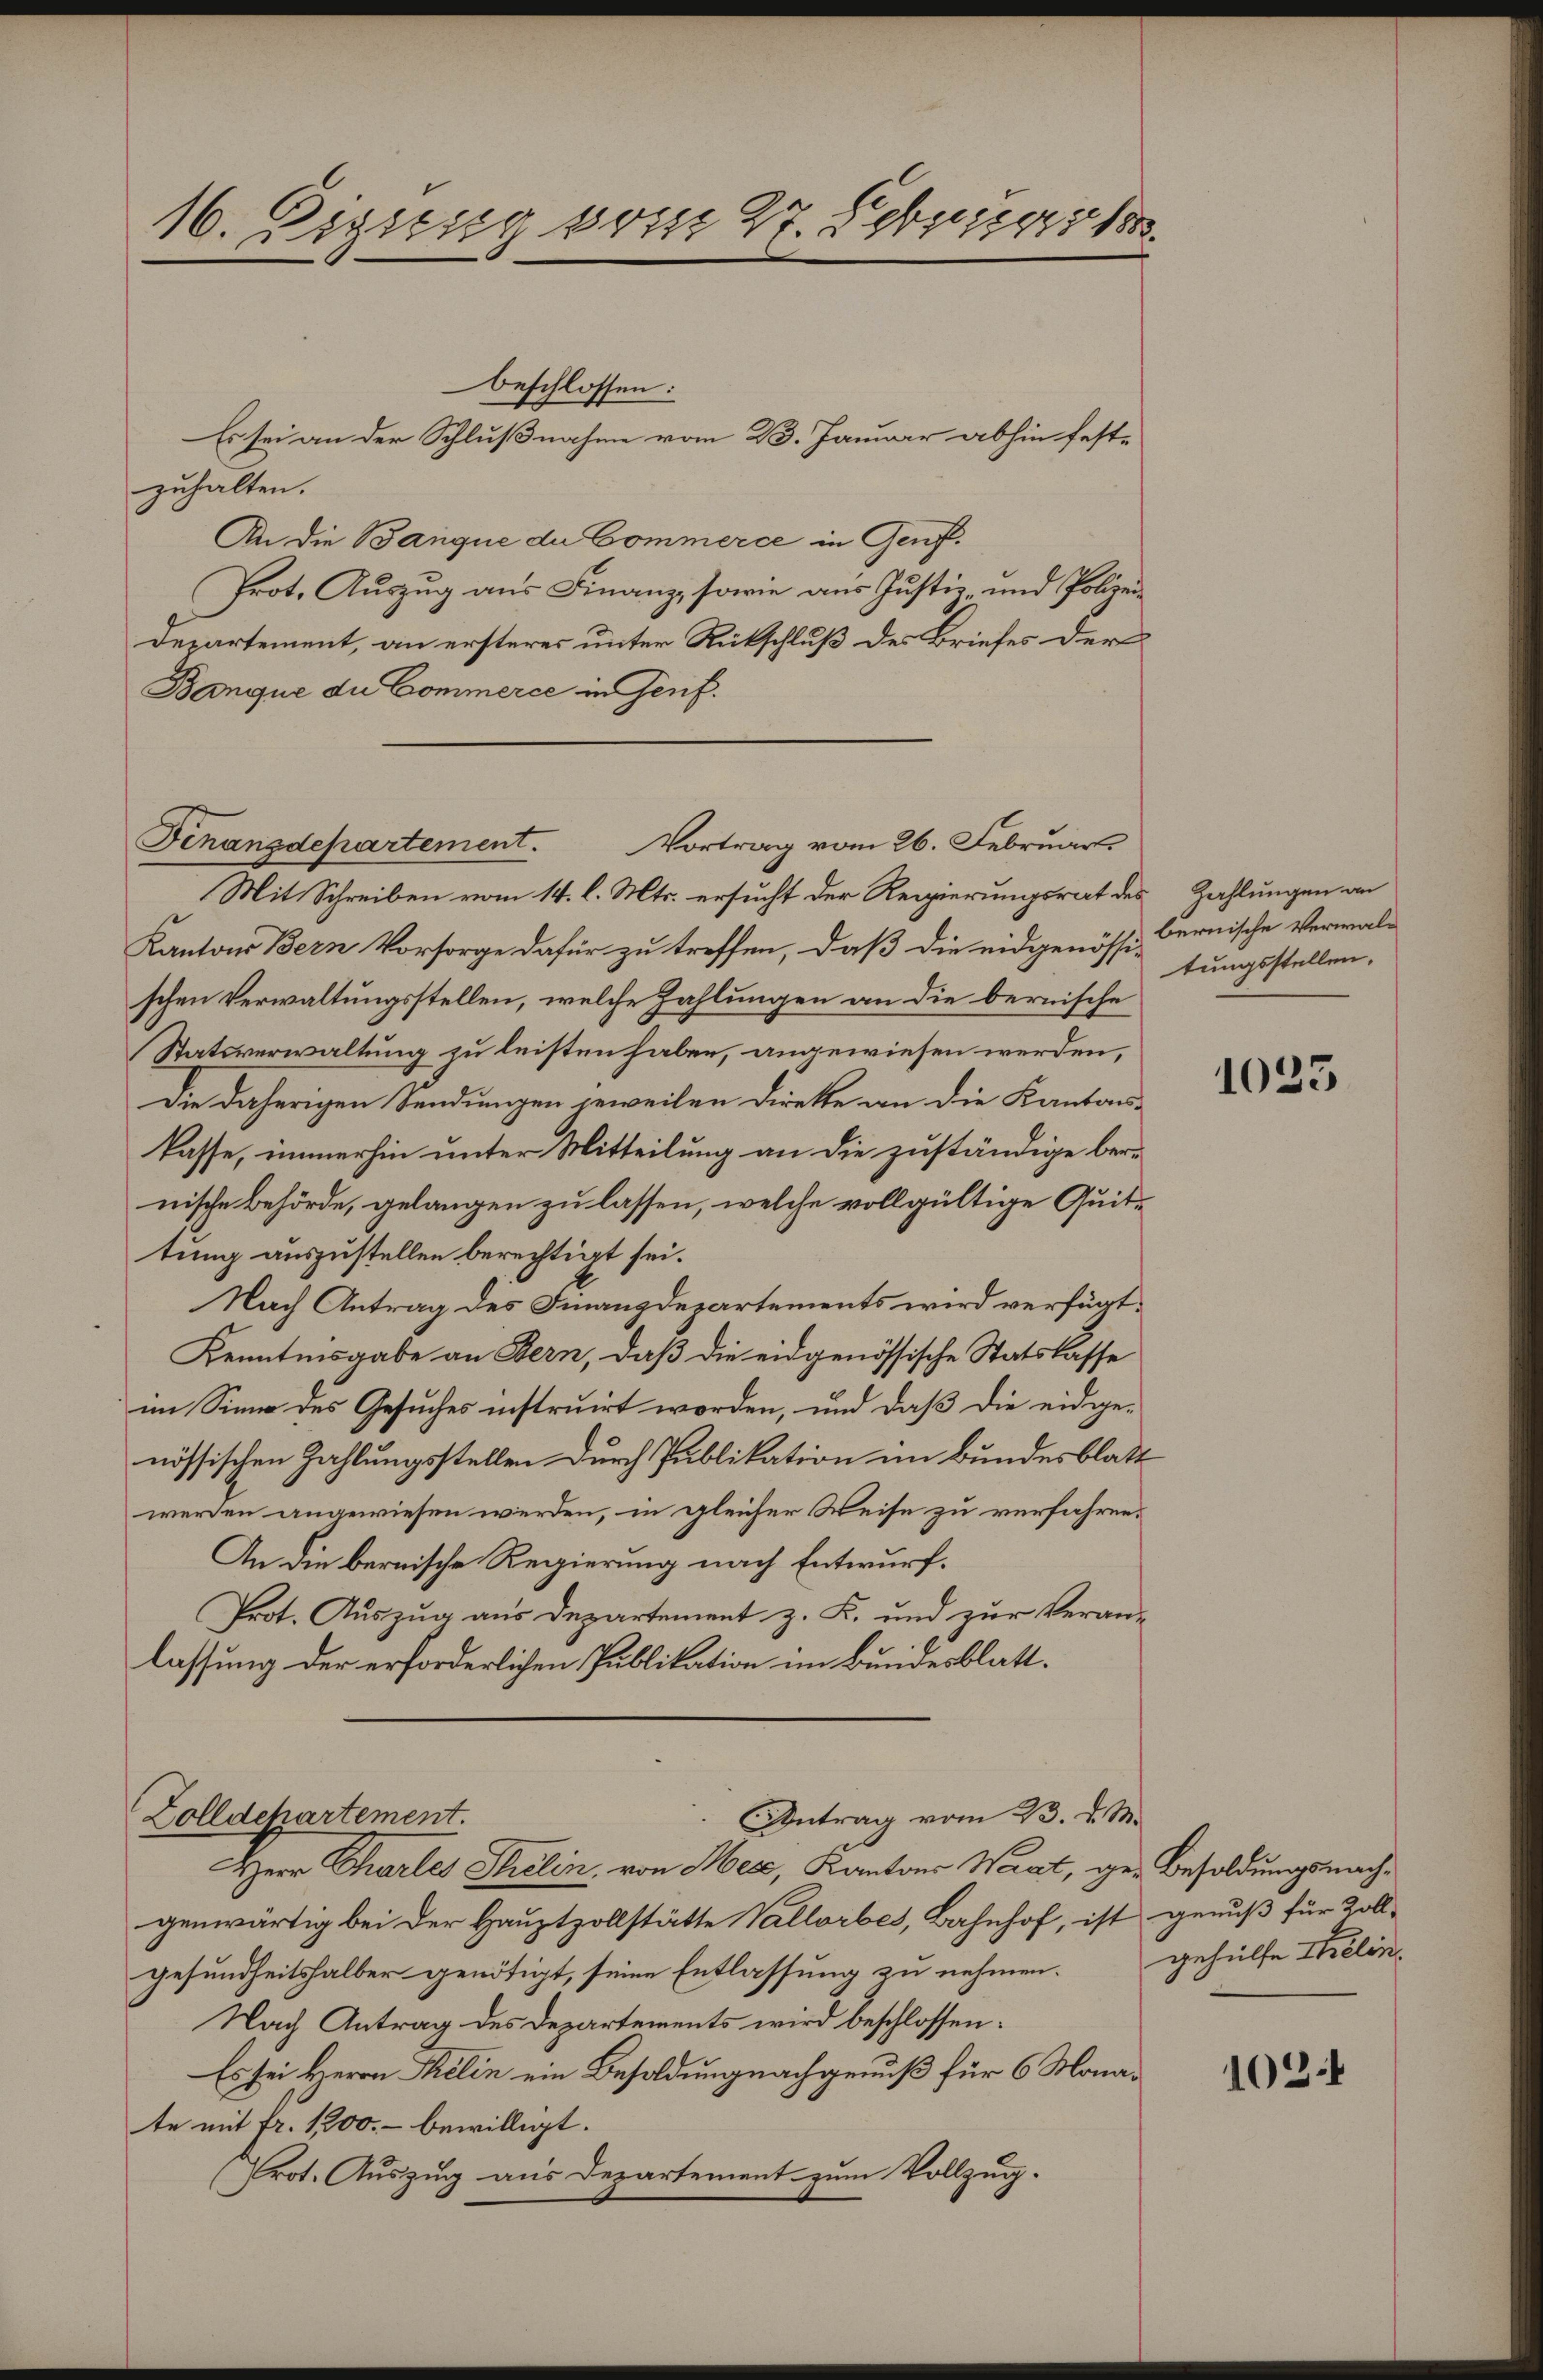
16. Engstig vom 27. Februar 18

beschlossen:
Es sei an der Schlußnahme vom 23. Januar abhin festzuhalten.
An die Banque du Commerce in Genf.
Prot. Auszug aus Finanz, sowie aus Justiz- und Polizei¬
Departement, an ersteres unter Rückschluß des Briefes der
Banque du Commerce in Genf.

Finanzdepartement.
Vortrag vom 26. Februar

Mit Schreiben vom 14. l. Mts. ersucht der Regierungsrat des Zahlungen an
Kantons Bern Vorsorge dafür zu treffen, daß die eidgenössig Cernische Verwal-
schen Verwaltungsstellen, welche Zahlungen an die bernische
Statsverwaltung zu leisten haben, angewiesen werden,
Die daherigen Sendungen jeweilen dirette an die Kantons-
kasse, immerhin unter Mitteilung an die zuständige bere
nische Behörde, gelangen zu lassen, welche vollgültige Quittung auszustellen berechtigt sei.
Nach Antrag des Finanzdepartements wird verfügt:
Kenntnisgabe an Bern, daß die eidgenössische Statskasse
im Sinne des Gesuches instruirt worden, und daß die eidgenössischen Zahlungsstellen durch Publikation im Bundesblatt
werden angewiesen werden, in gleicher Weise zu verfahren.
An die bernische Regierung nach Entwurf.
Prot. Auszug aus Departement z. K. und zur Veranlassung der erforderlichen Publikation im Bundesblatt¬

Zolldepartement.
Antrag vom 23. d. M.

Herr Charles Strelin, von Merz, Kantons Waat, ger Besoldungsnachgenwärtig bei der Hauptzollstätte Vallorbes, Bahnhof, ist genuß für Zoll-
gesundheitshalber genötigt, seine Entlassung zu nehmen. gehülfe Selin,
Nach Antrag des Departements wird beschlossen:
Es sei Herrn Thelin ein Besoldung nachgenuß für 6 Monate mit fr. 1200.- bewilligt.
Prot. Auszug aus Departement zum Vollzug.

tungsstellen.

1023

1034